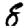
Digit: 8